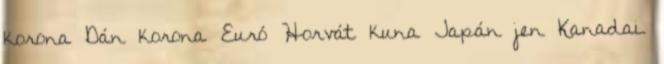
korona Dán korona Euró Horvát kuna Japán jen Kanadai